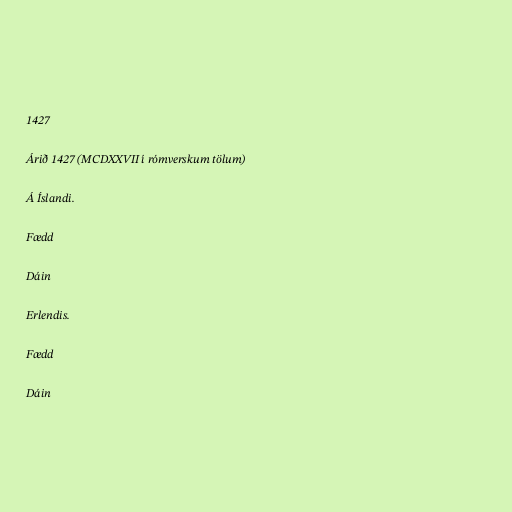
1427

Árið 1427 (MCDXXVII í rómverskum tölum)

Á Íslandi.

Fædd

Dáin

Erlendis.

Fædd

Dáin